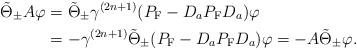
LaTeX: \begin{align*}\tilde{\Theta}_\pm A\varphi&=\tilde{\Theta}_\pm \gamma^{(2n+1)}(P_{\rm F}-D_aP_{\rm F}D_a)\varphi\\&=-\gamma^{(2n+1)}\tilde{\Theta}_\pm (P_{\rm F}-D_aP_{\rm F}D_a)\varphi=-A\tilde{\Theta}_\pm \varphi. \end{align*}